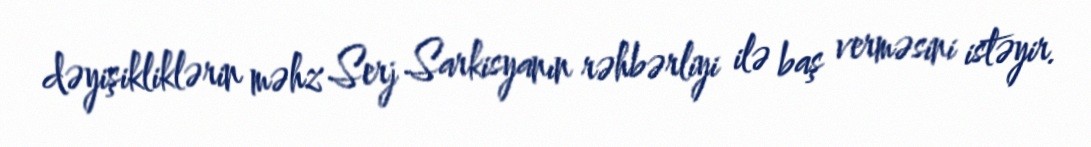
dəyişikliklərin məhz Serj Sarkisyanın rəhbərliyi ilə baş verməsini istəyir.